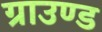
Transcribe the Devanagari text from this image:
ग्राउण्‍ड